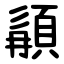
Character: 䫇